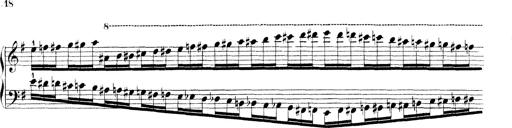
Title: Technische Studien
Composer: Franz Liszt